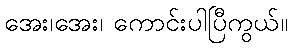
အေး၊အေး၊ ကောင်းပါပြီကွယ်။